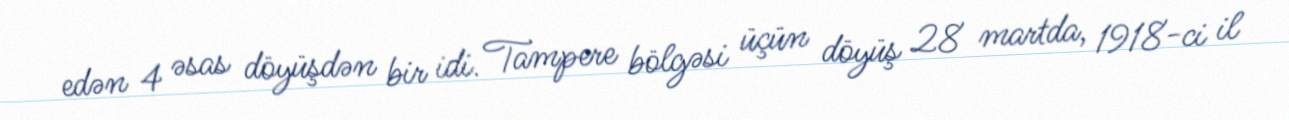
edən 4 əsas döyüşdən bir idi. Tampere bölgəsi üçün döyüş 28 martda, 1918-ci il